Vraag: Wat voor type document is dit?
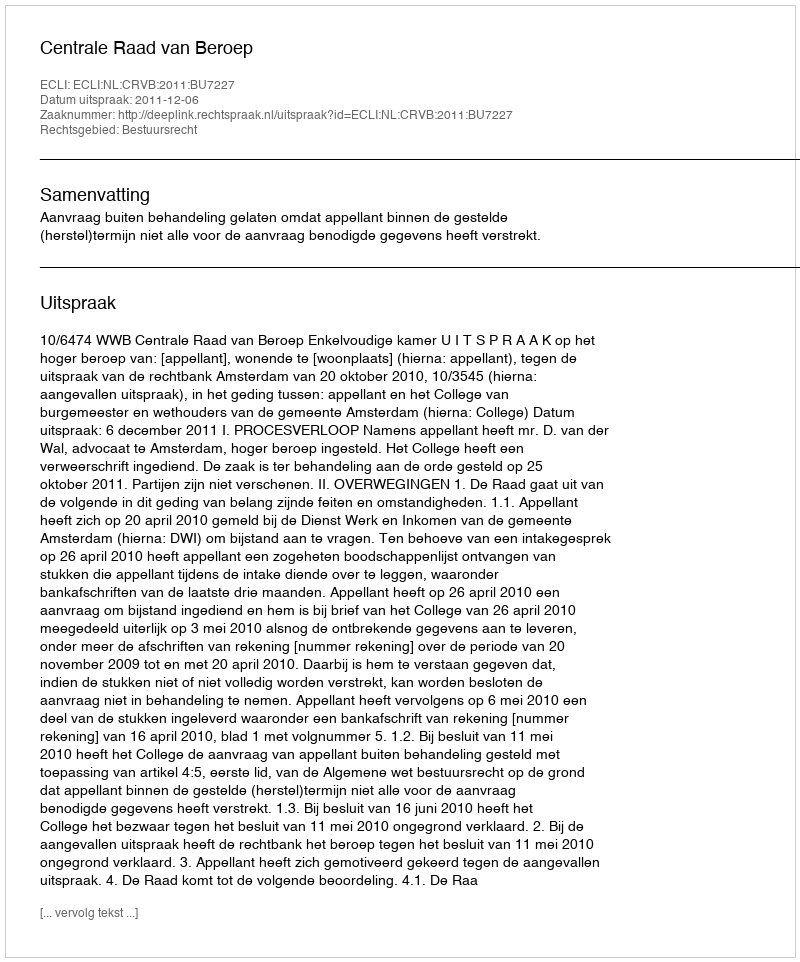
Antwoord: Uitspraak